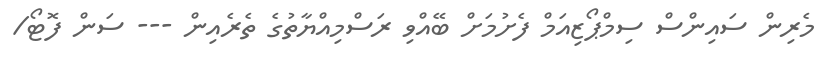
މެރިން ސައިންސް ސިމްޕޯޒިއަމް ފެށުމަށް ބޭއްވި ރަސްމިއްޔާތުގެ ތެރެއިން --- ސަން ފޮޓޯ/